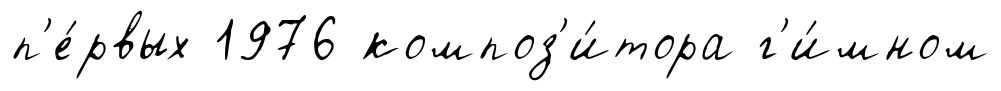
п'е́рвых 1976 композ'и́тора г'и́мном